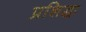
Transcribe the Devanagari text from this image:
प्रशिद्धा